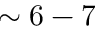
\sim 6 - 7